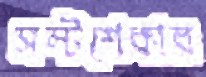
সল্টশেকার